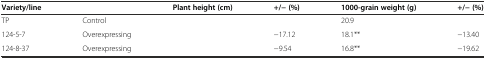
<table><thead><tr><td><b>Variety/line</b></td><td>[EMPTY_CELL]</td><td><b>Plant height (cm)</b></td><td><b>+/− (%)</b></td><td><b>1000-grain weight (g)</b></td><td><b>+/− (%)</b></td></tr></thead><tbody><tr><td>TP</td><td>Control</td><td>[EMPTY_CELL]</td><td>[EMPTY_CELL]</td><td>20.9</td><td>[EMPTY_CELL]</td></tr><tr><td>124-5-7</td><td>Overexpressing</td><td>[EMPTY_CELL]</td><td>−17.12</td><td>18.1**</td><td>−13.40</td></tr><tr><td>124-8-37</td><td>Overexpressing</td><td>[EMPTY_CELL]</td><td>−9.54</td><td>16.8**</td><td>−19.62</td></tr></tbody></table>